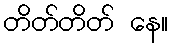
တိတ်တိတ် နေ။